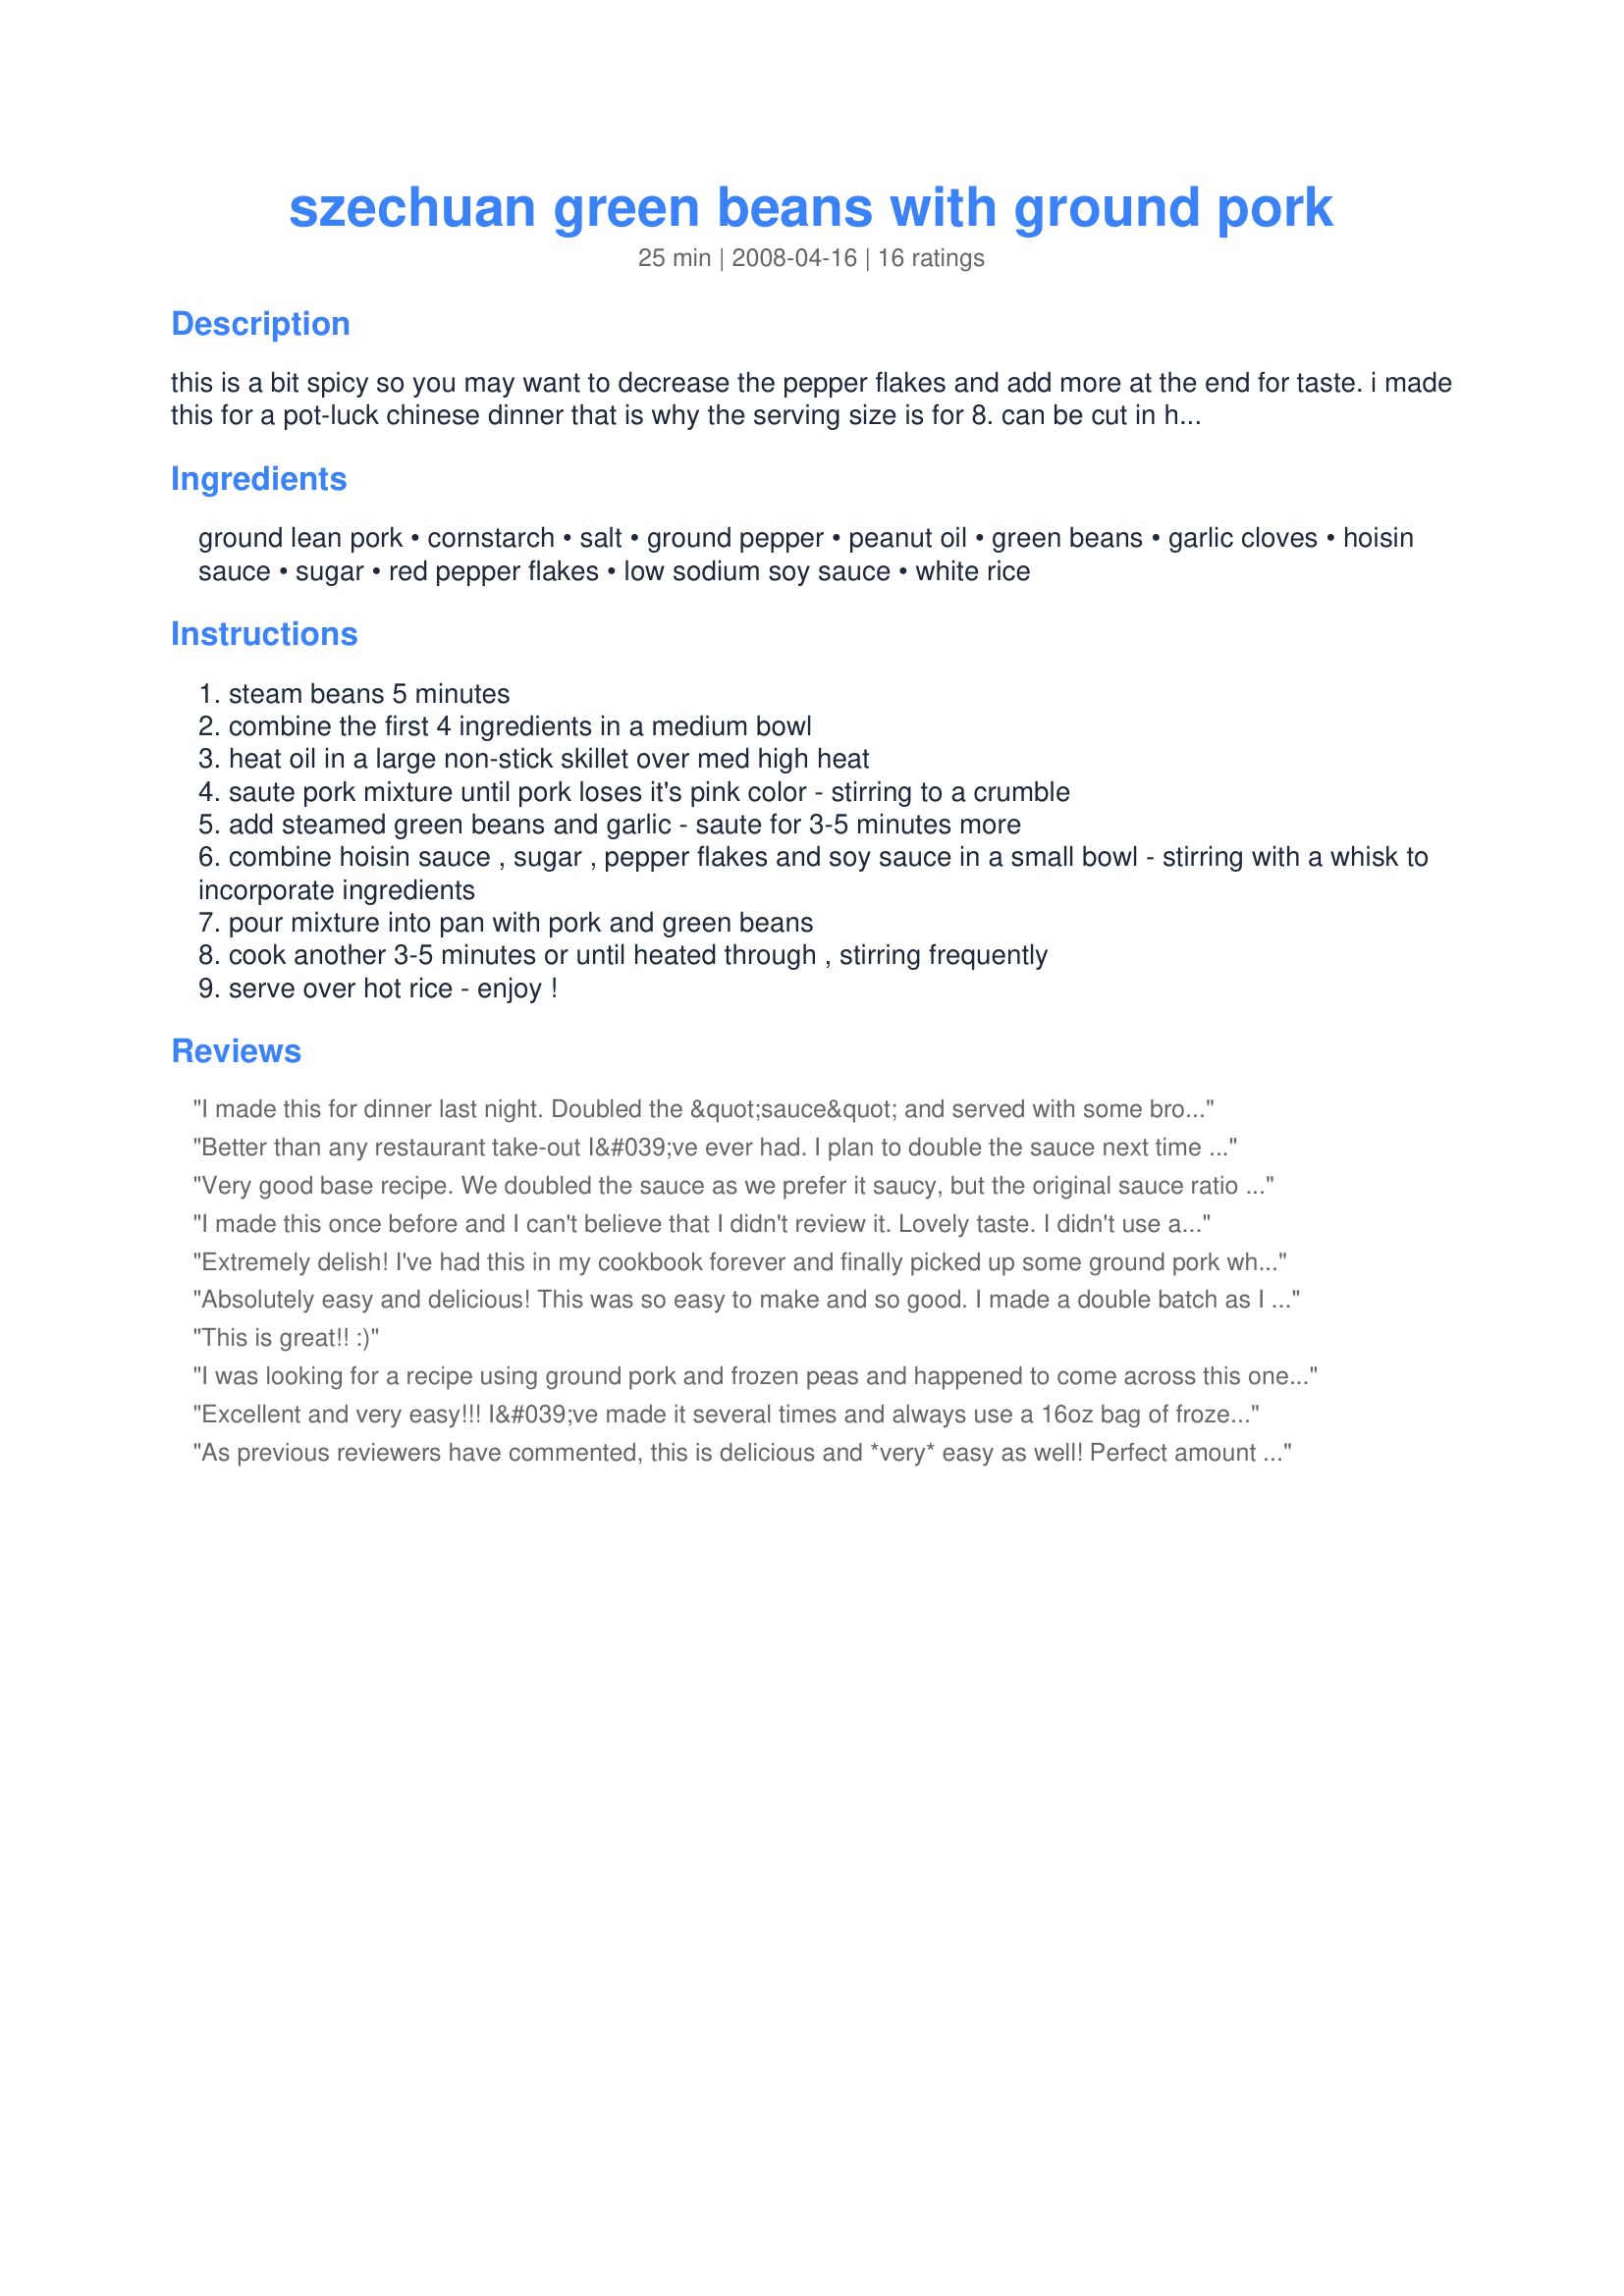
szechuan green beans with ground pork
Preparation time: 25 minutes

this is a bit spicy so you may want to decrease the pepper flakes and add more at the end for taste. i made this for a pot-luck chinese dinner that is why the serving size is for 8. can be cut in half. delicious over chinese white rice.

Ingredients:
ground lean pork, cornstarch, salt, ground pepper, peanut oil, green beans, garlic cloves, hoisin sauce, sugar, red pepper flakes, low sodium soy sauce, white rice

Steps:
steam beans 5 minutes
combine the first 4 ingredients in a medium bowl
heat oil in a large non-stick skillet over med high heat
saute pork mixture until pork loses it's pink color - stirring to a crumble
add steamed green beans and garlic - saute for 3-5 minutes more
combine hoisin sauce , sugar , pepper flakes and soy sauce in a small bowl - stirring with a whisk to incorporate ingredients
pour mixture into pan with pork and green beans
cook another 3-5 minutes or until heated through , stirring frequently
serve over hot rice - enjoy !

Reviews:
I made this for dinner last night. Doubled the &quot;sauce&quot; and served with some brown rice. I used broccoli instead of green beans because it&#039;s what I had on hand. Also, I cut the pepper flakes back to only a 1/2 tsp so I could share with my toddler. Great meal.
Better than any restaurant take-out I&#039;ve ever had. I plan to double the sauce next time to pour over rice. Also, I will try steamed broccoli instead of green beans...personal preference. Can&#039;t wait to try this with modifications! thanks for the recipe!
Very good base recipe. We doubled the sauce as we prefer it saucy, but the original sauce ratio is truer to the Shanghainese version. I agree that there is a little something missing from the recipe. After tasting I added 2-3 tablespoons of rice wine vinegar (remember we doubled the sauce) and that helped to make the flavors pop.
I made this once before and I can't believe that I didn't review it. Lovely taste. I didn't use any Hoisin, it is just not a favorite. Used the full amount of chilie flakes plus a smidge. I added some broccoli florets as I was short of beans a definite do again recipe
Extremely delish! I've had this in my cookbook forever and finally picked up some ground pork when it was on sale at the store. I used a little over a pound of ground pork and knew I wanted some sauce to go over rice, so I doubled the sauce ingredients. I scaled waaayyy back on the cayenne...the recipe called for 2 tsp and I only used 1/2 tsp and I even doubled the sauce! It was just enough...left your lips tingling and nose running without burning your tongue off! Can't wait to make it again!
Absolutely easy and delicious!
This was so easy to make and so good. I made a double batch as I had over 2 lbs of ground pork.
I used frozen green beans as that is what I had on hand but I am sure fresh is better.
I used a tad less red pepper flakes and we still got good heat.
I served it over white basmati rice.
Thanks for sharing.
This is great!! :)
I was looking for a recipe using ground pork and frozen peas and happened to come across this one. It sounded great, so I tried it with the frozen peas and it WAS great! Like another reviewer I drastically reduced the amount of red pepper flakes, but otherwise followed the recipe as to ingredients and amounts. Served it over Asian stir-fry noodles. Yum!
Excellent and very easy!!! I&#039;ve made it several times and always use a 16oz bag of frozen green beans that I simply added frozen to the browned pork (cover it and cook for 5ish minutes to steam the beans), and I also added garlic powder to the sauce to save time. I&#039;ve used ground chicken with excellent results. Yesterday I made my own hoisin sauce, which didn&#039;t turn out as well.
I usually serve it over Curried Couscous (#16866) and roasted carrots with garlic powder, 5 spice powder and EVOO for an absolutely wonderful meal. Thanks so much for the keeper, I&#039;ll be making this one again and again.
As previous reviewers have commented, this is delicious and *very* easy as well! Perfect amount of hotness for us. The only substitution I made was not using low-sodium soy sauce, since I didn't have any on hand; used the full-sodium, and cut back on the salt. Yummy!
I've made this twice now, and both times it's turned out fabulous. It's pretty easy, too!
I used a entire bag of frozen whole green beans, and it came out great. That amount of red pepper flakes leaves your lips just slightly tingling, so if you're more of a mild-type person, I'd use half the amount of flakes and then allow those eating to spice to taste if desired. Will be making this again, maybe next time with broccoli.
Super 5 stars! I didn't change a thing, followed your recipe exactly. It tasted like it was from the finest chinese restaurant, the one we dream about but can never seem to find, well now its at home! Thank you so much Golden Sunflower this is a total keeper!
This was ok. I will make it again, but just seemed like it was missing something.
Absolutely delicious! I had 1 1/2 lbs. of ground pork, so I doubled the sauce. It was very spicy, which we enjoyed. I added a zucchini and onion, simply because I had some that needed to be used up. Definitely good additions. Instead of steaming the green beans first, I took the advice of another commenter and added them in after the pork was cooked. I placed the lid on the pan and allowed the beans to steam for 4-5 minutes, and then added the sauce. It was perfect.
Not what I was expecting, and too sweet for me.
